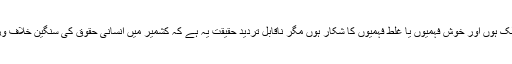
پاکستان میں ریاستی اور ریاست کے ڈھنڈورچی چاہے جتنے بھی اعلی اور ارفع رائے کے مالک ہوں اور خوش فہمیوں یا غلط فہمیوں کا شکار ہوں مگر ناقابل تردید حقیقت یہ ہے کہ کشمیر میں انسانی حقوق کی سنگین خلاف ورزی کا مسئلہ بھارت کے گلے جبکہ دہشت گردی کا مسئلہ ہمارے گلے کا طوق بن چکا ہے۔